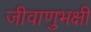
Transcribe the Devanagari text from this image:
जीवाणुभक्षी